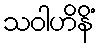
သဝါဟိနိံ